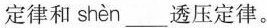
定律和shèn___透压定律。